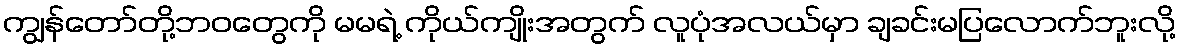
ကျွန်တော်တို့ဘဝတွေကို မမရဲ့ ကိုယ်ကျိုးအတွက် လူပုံအလယ်မှာ ချခင်းမပြလောက်ဘူးလို့